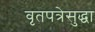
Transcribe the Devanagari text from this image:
वृतपत्रेसुद्धा